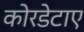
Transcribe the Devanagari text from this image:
कोरडेटाए